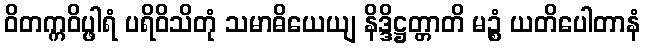
ဝိတက္ကဝိပ္ဖါရံ ပရိဝိသိတုံ သမာဓိယေယျ နိဒ္ဒိဋ္ဌတ္တာတိ မဉ္စံ ယတိပေါတာနံ